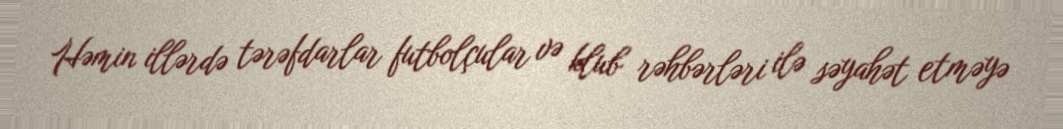
Həmin illərdə tərəfdarlar futbolçular və klub rəhbərləri ilə səyahət etməyə